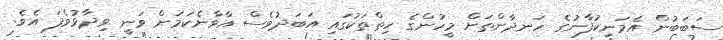
ސަބަބުން އެމަނިކުފާނުގެ ހަނދާންތަށް މީހުންގެ ހިތްތަކުގައި އަބަދުވެސް އާވާނެކަމަށް ވަނީ ވިދާޅުވެފަ އެވެ.